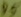
Text: D5